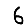
Digit: 6